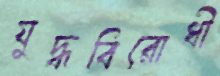
যুদ্ধবিরোধী